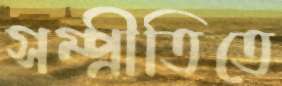
সম্প্রীতিতে